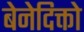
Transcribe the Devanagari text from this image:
बेनेदिक्तो